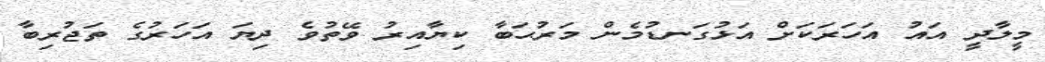
މީލާދީ އައު އަހަރަކަށް އަޅުގަނޑުމެން މަރުޙަބާ ކިޔާއިރު ވޭތުވެ ދިޔަ އަހަރުގެ ތަޖުރިބާ